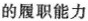
的履职能力